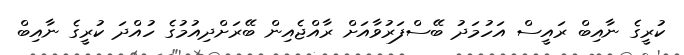
ކުރީގެ ނާއިބް ރައީސް އަހުމަދު ބޭސްފަރުވާއަށް ރާއްޖެއިން ބޭރަށްދިއުމުގެ ހުއްދަ ކުރީގެ ނާއިބް